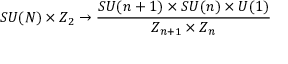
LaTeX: S U ( N ) \times Z _ { 2 } \rightarrow { \frac { S U ( n + 1 ) \times S U ( n ) \times U ( 1 ) } { Z _ { n + 1 } \times Z _ { n } } }